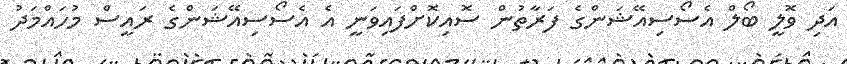
އަދި ވޮލީ ބޯލް އެސޯސިއޭޝަންގެ ފަރާތުން ސޮއިކޮށްފައިވަނީ އެ އެސޯސިއޭޝަންގެ ރައީސް މުހައްމަދު